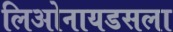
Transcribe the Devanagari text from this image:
लिओनायडसला